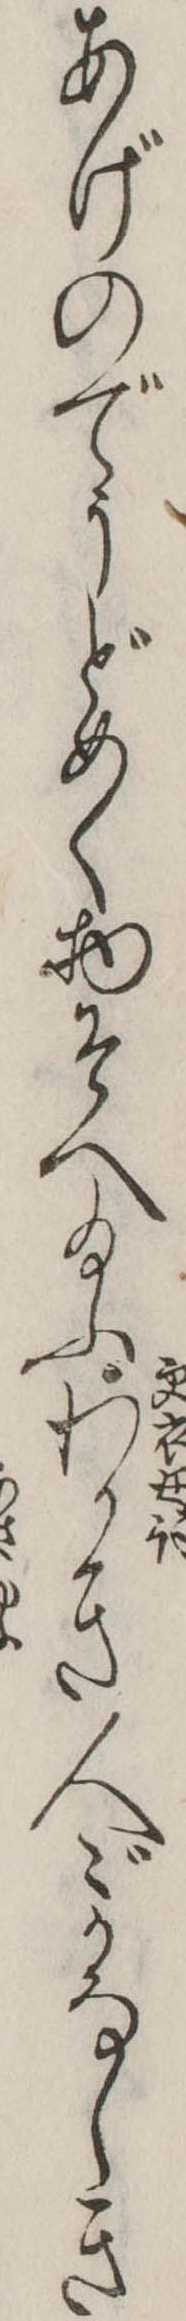
あげのでうどめく物そへ給ふわかき人ゞかなしき